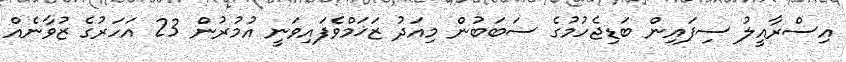
އިސްރާއީލު ސިފައިން ބަޑިޖެހުމުގެ ސަބަބުން މިއަދު ޒަޚަމްވެފައިވަނީ އުމުރުން 23 އަހަރުގެ ޒުވާނެއް